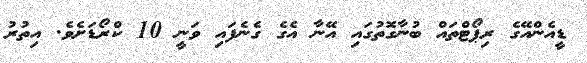
ޑީއެންއޭގެ ރިޕޯޓްތައް ބުނާގޮތުގައި އޭނާ އެގެ ގެނެފައި ވަނީ 10 ކްރޯޑަށެވެ. އިތުރު